Report of the veterinary officer investigating camel disease
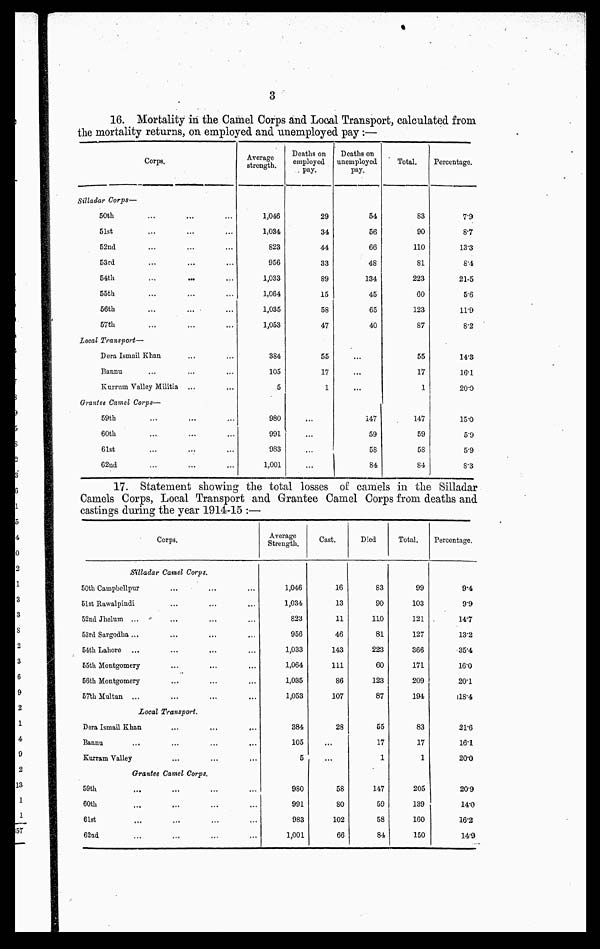
3
16. Mortality in the Camel Corps and Local Transport, calculated from
the mortality returns, on employed and unemployed pay:—
Corps.
Silladar Corps—
50th
51st
52nd
53rd
54th
55th
56th
57th
Local Transport—
Dera Ismail Khan
Banna
Kurrum Valley Militia
Grantee Camel Corps—
59th
60th
61st
62nd
Average
strength.
1,046
1,034
823
956
1,033
1,064
1,035
1,053
384
105
5
980
991
983
1,001
Deaths on
employed
pay.
29
34
44
33
89
15
58
47
55
17
1
...
...
...
...
Deaths on
unemployed
pay.
54
56
66
48
134
45
65
40
...
...
...
147
59
58
84
Total.
S3
90
110
81
223
60
123
87
55
17
1
147
59
58
84
Percentage.
7.9
8.7
13.3
8.4
21.5
56
11.9
8.2
14.3
16.1
20.0
15.0
5.9
5.9
8.3
17. Statement showing the total losses of camels in the Silladar
Camels Corps, Local Transport and Grantee Camel Corps from deaths and
castings during the year 1914-15 :—
Corps.
Silladar Camel Corps.
50th Campbellpur
51st Rawalpindi
52nd Jhelum ...
53rd Sargodha ...
54th Lahore
55th Montgomery
56th Montgomery
57thMultan ...
Local Transport.
Dera Ismail Khan
Bannu
Kurram Valley
Grantee Camel Corps.
59th
60th
61st
62nd
Average
Strength.
1,046
1,034
823
956
1,033
1,064
1,035
1,053
384
105
5
980
991
983
1,001
Cast.
16
13
11
46
143
111
86
107
28
...
...
58
80
102
66
Died
83
90
110
81
223
60
123
87
55
17
1
147
59
58
84
Total.
99
103
121
127
366
171
209
194
83
17
1
205
139
160
150
Percentage.
9.4
9.9
14.7
13.2
35.4
16.0
20.1
118.4
21.6
16.1
20.0
20.9
14.0
16.2
14.9